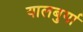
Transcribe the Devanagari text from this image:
यालबुर्गा